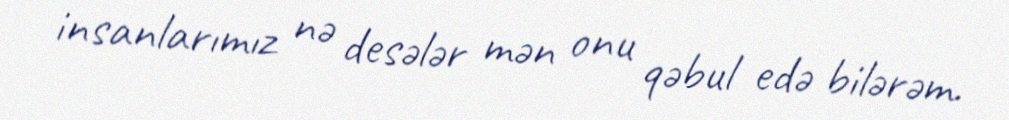
insanlarımız nə desələr mən onu qəbul edə bilərəm.